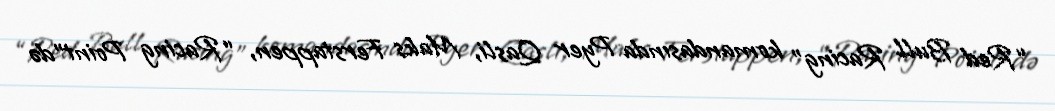
“Red Bull Racing” komandasında Pyer Qasli, Maks Ferstappen, “Racing Point”də